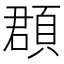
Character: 頵